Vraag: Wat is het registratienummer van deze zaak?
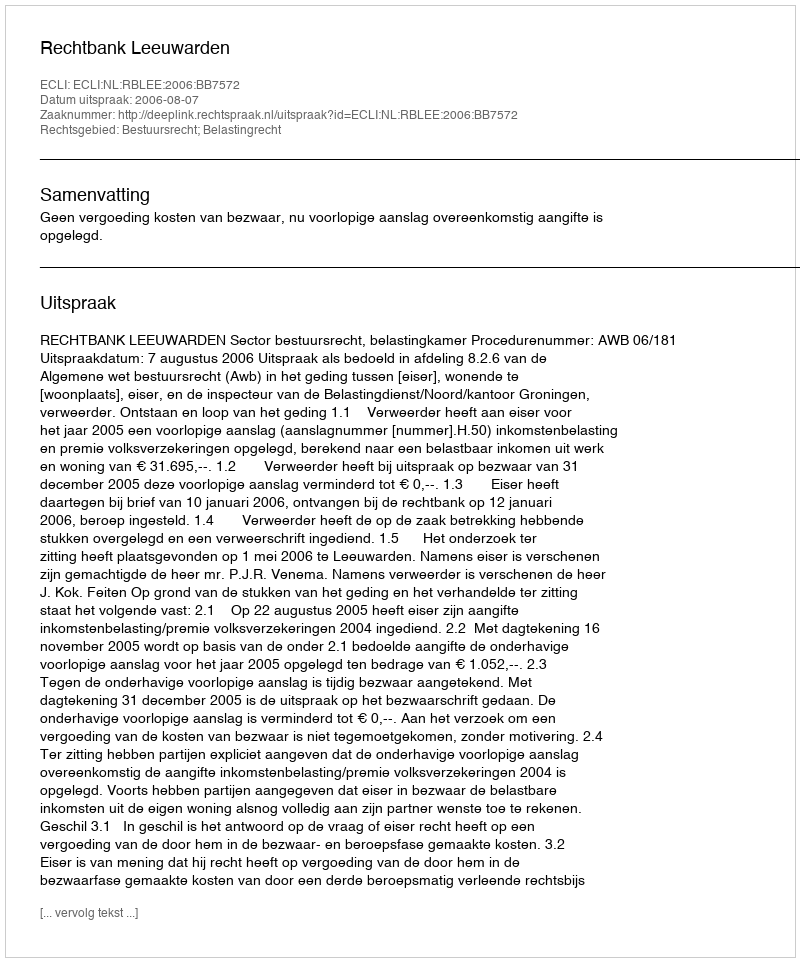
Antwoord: http://deeplink.rechtspraak.nl/uitspraak?id=ECLI:NL:RBLEE:2006:BB7572